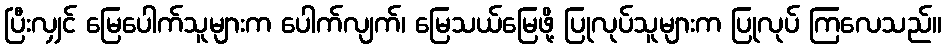
ပြီးလျှင် မြေပေါက်သူများက ပေါက်လျက်၊ မြေသယ်မြေဖို့ ပြုလုပ်သူများက ပြုလုပ် ကြလေသည်။